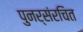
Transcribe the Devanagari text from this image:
पुनर्संरचित